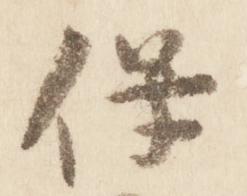
保